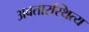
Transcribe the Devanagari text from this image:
अवतारस्थित्य